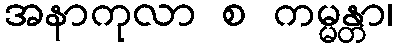
အနာကုလာ စ ကမ္မန္တာ၊